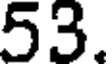
53.